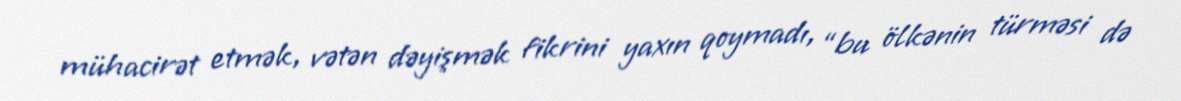
mühacirət etmək, vətən dəyişmək fikrini yaxın qoymadı, “bu ölkənin türməsi də